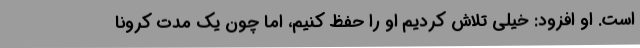
است. او افزود: خیلی تلاش کردیم او را حفظ کنیم، اما چون یک مدت کرونا